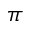
\pi